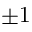
\pm 1